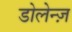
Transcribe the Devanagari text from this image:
डोलेन्ज़